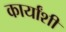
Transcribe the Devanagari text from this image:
कार्यांशी